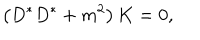
LaTeX: \left( D ^ { * } D ^ { * } + m ^ { 2 } \right) K = 0 ,